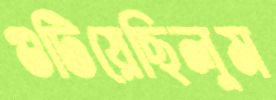
গুটিয়েছিলুম